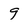
Character: 9